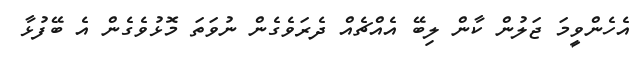
އެހެންވީމަ ޖަލުން ކާން ލިބޭ އެއްޗެއް ދެރަވެގެން ނުވަތަ މޮޅުވެގެން އެ ބޭފުޅާ